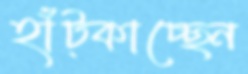
হাঁট্‌কাচ্ছেন